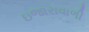
ઇજારાવાળી